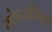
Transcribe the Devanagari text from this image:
गोपगोपियों